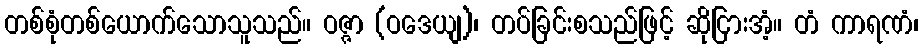
တစ်စုံတစ်ယောက်သောသူသည်။ ဝဇ္ဇာ (ဝဒေယျ)၊ တပ်ခြင်းစသည်ဖြင့် ဆိုငြားအံ့။ တံ ကာရဏံ၊